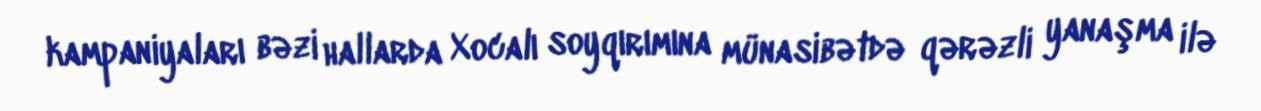
kampaniyaları bəzi hallarda Xocalı soyqırımına münasibətdə qərəzli yanaşma ilə